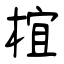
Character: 椬